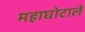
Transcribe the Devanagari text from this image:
महाघोटाले